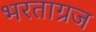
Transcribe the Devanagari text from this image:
भरताग्रज